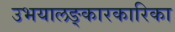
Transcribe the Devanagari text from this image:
उभयालङ्कारकारिका